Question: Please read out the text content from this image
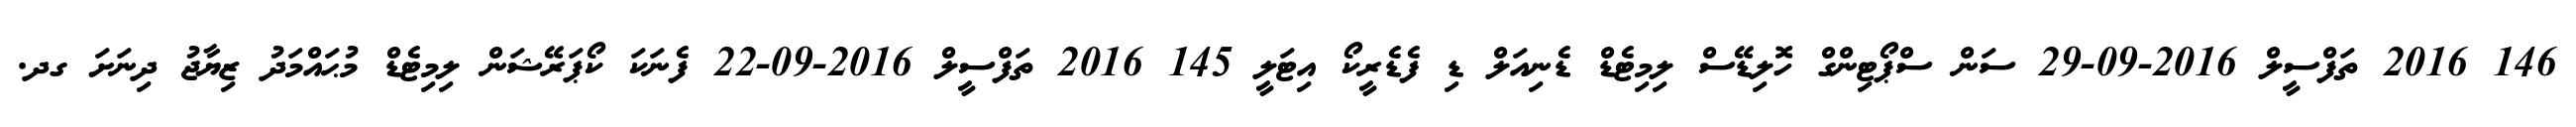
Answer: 146 2016 ތަފްސީލް 2016-09-29 ސަން ސްޕޯޓިންގް ހޮލިޑޭސް ލިމިޓެޑް ޑެނިއަލް ޑި ފެޑެރީކޯ އިޓަލީ 145 2016 ތަފްސީލް 2016-09-22 ފެނަކަ ކޯޕަރޭޝަން ލިމިޓެޑް މުޙައްމަދު ޒިޔާޖު ދިނަށަ ގދ.